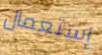
إستعمال